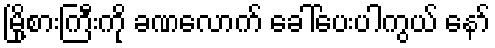
မြို့စားကြီးကို ခဏလောက် ခေါ်ပေးပါကွယ် နော်